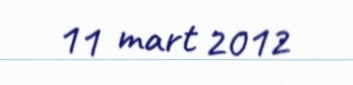
11 mart 2012